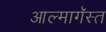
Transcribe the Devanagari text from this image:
आल्मागॅस्त